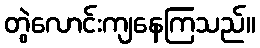
တွဲလောင်းကျနေကြသည်။